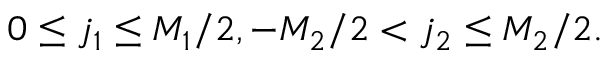
0 \le j _ { 1 } \le M _ { 1 } / 2 , - M _ { 2 } / 2 < j _ { 2 } \le M _ { 2 } / 2 .